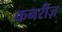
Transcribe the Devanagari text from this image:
कनरीज़